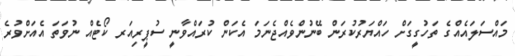
މައްސަލައެއްގެ ތަހުގީގަށް ހައްޔަރުކުރަން ބޭނުންވެއްޖެނަމަ އެކަން ކުރައްވާނީ ސުޕީރިއަރ ކޯޓެއް ނުވަތަ އެއަށްވުރެ